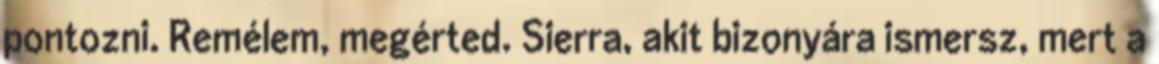
pontozni. Remélem, megérted. Sierra, akit bizonyára ismersz, mert a